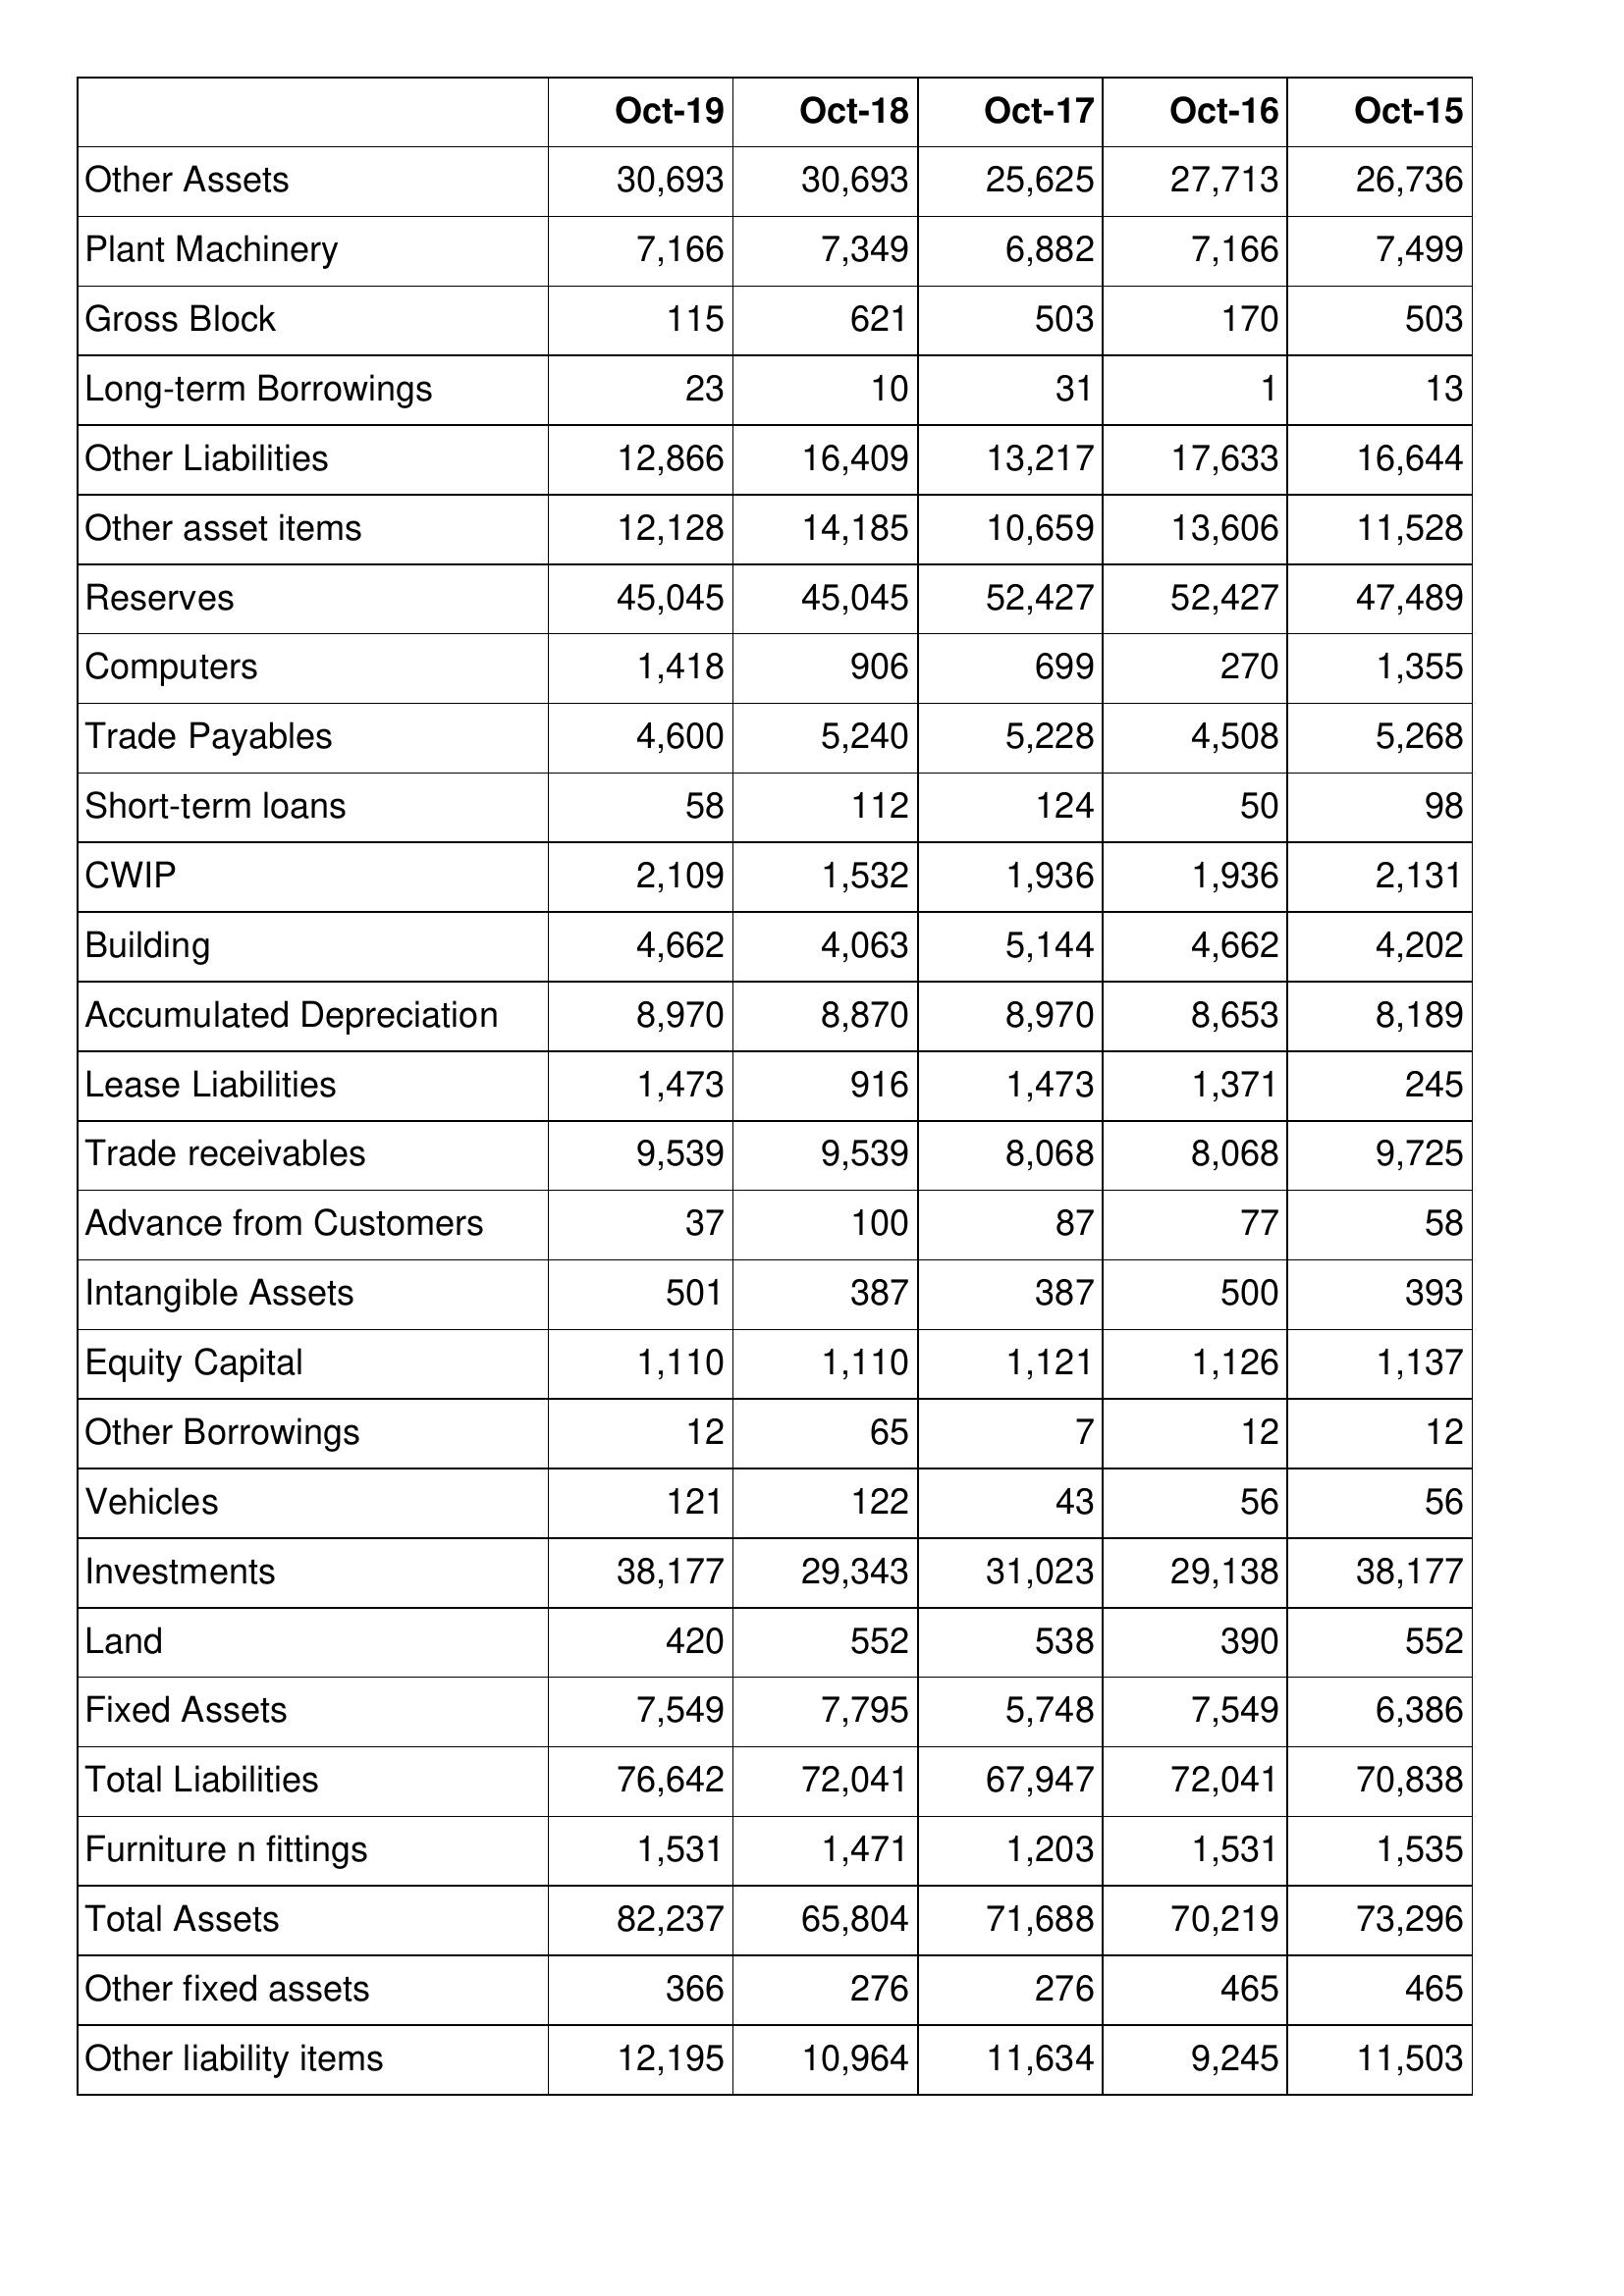
Oct-19: Balance Sheet: Other Assets: 30,693
Plant Machinery: 7,166
Gross Block: 115
Long-term Borrowings: 23
Other Liabilities: 12,866
Other asset items: 12,128
Reserves: 45,045
Computers: 1,418
Trade Payables: 4,600
Short-term loans: 58
CWIP: 2,109
Building: 4,662
Accumulated Depreciation: 8,970
Lease Liabilities: 1,473
Trade receivables: 9,539
Advance from Customers: 37
Intangible Assets: 501
Equity Capital: 1,110
Other Borrowings: 12
Vehicles: 121
Investments: 38,177
Land: 420
Fixed Assets: 7,549
Total Liabilities: 76,642
Furniture n fittings: 1,531
Total Assets: 82,237
Other fixed assets: 366
Other liability items: 12,195
Oct-18: Balance Sheet: Other Assets: 30,693
Plant Machinery: 7,349
Gross Block: 621
Long-term Borrowings: 10
Other Liabilities: 16,409
Other asset items: 14,185
Reserves: 45,045
Computers: 906
Trade Payables: 5,240
Short-term loans: 112
CWIP: 1,532
Building: 4,063
Accumulated Depreciation: 8,870
Lease Liabilities: 916
Trade receivables: 9,539
Advance from Customers: 100
Intangible Assets: 387
Equity Capital: 1,110
Other Borrowings: 65
Vehicles: 122
Investments: 29,343
Land: 552
Fixed Assets: 7,795
Total Liabilities: 72,041
Furniture n fittings: 1,471
Total Assets: 65,804
Other fixed assets: 276
Other liability items: 10,964
Oct-17: Balance Sheet: Other Assets: 25,625
Plant Machinery: 6,882
Gross Block: 503
Long-term Borrowings: 31
Other Liabilities: 13,217
Other asset items: 10,659
Reserves: 52,427
Computers: 699
Trade Payables: 5,228
Short-term loans: 124
CWIP: 1,936
Building: 5,144
Accumulated Depreciation: 8,970
Lease Liabilities: 1,473
Trade receivables: 8,068
Advance from Customers: 87
Intangible Assets: 387
Equity Capital: 1,121
Other Borrowings: 7
Vehicles: 43
Investments: 31,023
Land: 538
Fixed Assets: 5,748
Total Liabilities: 67,947
Furniture n fittings: 1,203
Total Assets: 71,688
Other fixed assets: 276
Other liability items: 11,634
Oct-16: Balance Sheet: Other Assets: 27,713
Plant Machinery: 7,166
Gross Block: 170
Long-term Borrowings: 1
Other Liabilities: 17,633
Other asset items: 13,606
Reserves: 52,427
Computers: 270
Trade Payables: 4,508
Short-term loans: 50
CWIP: 1,936
Building: 4,662
Accumulated Depreciation: 8,653
Lease Liabilities: 1,371
Trade receivables: 8,068
Advance from Customers: 77
Intangible Assets: 500
Equity Capital: 1,126
Other Borrowings: 12
Vehicles: 56
Investments: 29,138
Land: 390
Fixed Assets: 7,549
Total Liabilities: 72,041
Furniture n fittings: 1,531
Total Assets: 70,219
Other fixed assets: 465
Other liability items: 9,245
Oct-15: Balance Sheet: Other Assets: 26,736
Plant Machinery: 7,499
Gross Block: 503
Long-term Borrowings: 13
Other Liabilities: 16,644
Other asset items: 11,528
Reserves: 47,489
Computers: 1,355
Trade Payables: 5,268
Short-term loans: 98
CWIP: 2,131
Building: 4,202
Accumulated Depreciation: 8,189
Lease Liabilities: 245
Trade receivables: 9,725
Advance from Customers: 58
Intangible Assets: 393
Equity Capital: 1,137
Other Borrowings: 12
Vehicles: 56
Investments: 38,177
Land: 552
Fixed Assets: 6,386
Total Liabilities: 70,838
Furniture n fittings: 1,535
Total Assets: 73,296
Other fixed assets: 465
Other liability items: 11,503